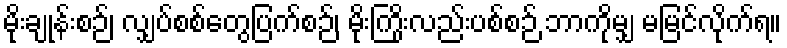
မိုးချုန်းစဉ်၊ လျှပ်စစ်တွေပြက်စဉ်၊ မိုးကြိုးလည်းပစ်စဉ် ဘာကိုမျှ မမြင်လိုက်ရ။